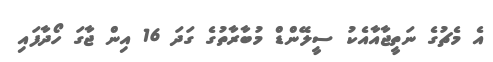
އެ މެޗުގެ ނަތީޖާއާއެކު ސީލޭންޑް މުބާރާތުގެ ގަދަ 16 އިން ޖާގަ ހޯދާފައި